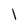
Character: l